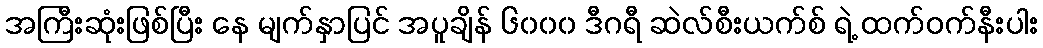
အကြီးဆုံးဖြစ်ပြီး နေ မျက်နှာပြင် အပူချိန် ၆၀၀၀ ဒီဂရီ ဆဲလ်စီးယက်စ် ရဲ့ ထက်ဝက်နီးပါး